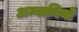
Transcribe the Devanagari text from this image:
अम्बानियों